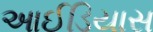
આઈડિયાસ